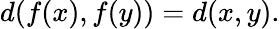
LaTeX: d(f(x),f(y))=d(x,y).